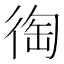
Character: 𢔇